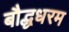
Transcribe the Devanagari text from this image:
बौद्धधरम